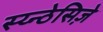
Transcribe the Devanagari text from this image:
स्य्न्ठेसिज़े